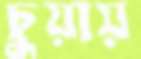
চুয়ায়